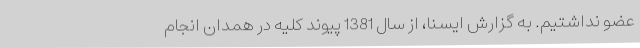
عضو نداشتیم. به گزارش ایسنا، از سال 1381 پیوند کلیه در همدان انجام